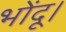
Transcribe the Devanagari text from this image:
भोंदू।